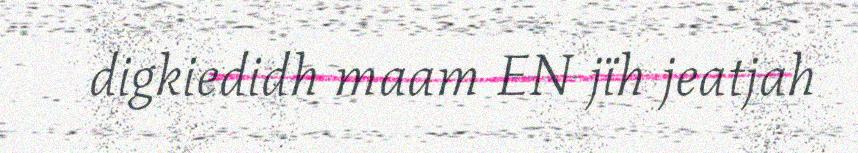
digkiedidh maam EN jïh jeatjah